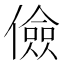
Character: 儉